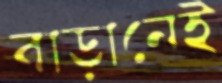
বাড়ানেই